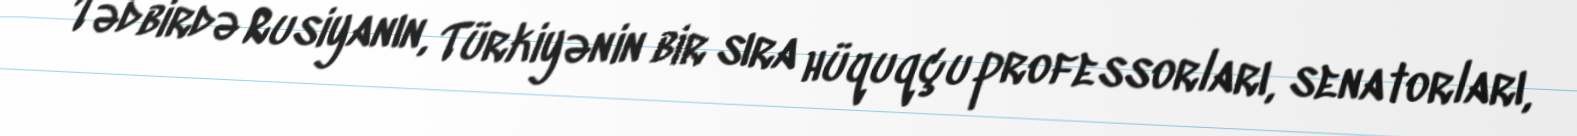
Tədbirdə Rusiyanın, Türkiyənin bir sıra hüquqçu professorları, senatorları,